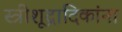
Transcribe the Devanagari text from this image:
स्त्रीशूद्रादिकांना